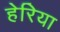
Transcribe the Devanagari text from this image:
हेरिया